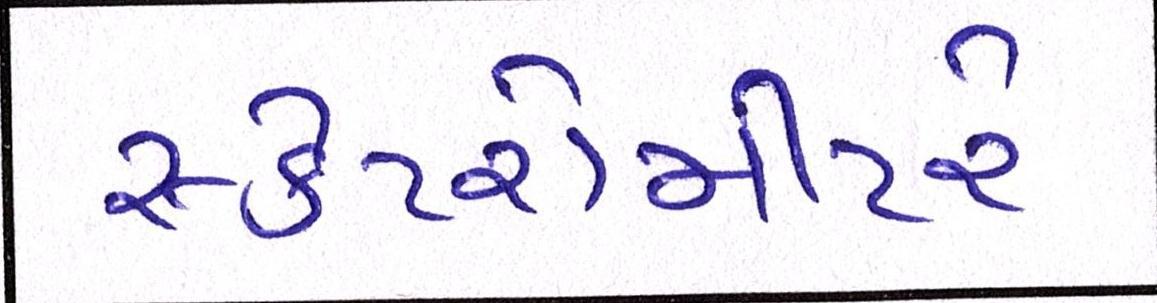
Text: સ્કેટરોમીટરે